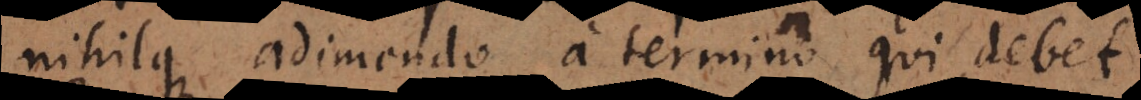
nihilque adimendo a termino qui debet